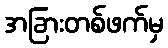
အခြားတစ်ဖက်မှ